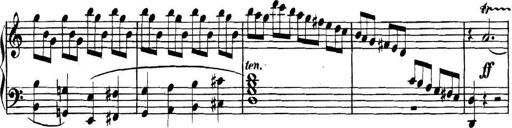
Title: Collected Piano Sonatas
Composer: Muzio Clementi